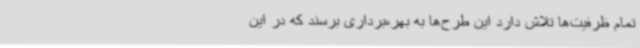
تمام ظرفیت‌ها تلاش دارد این طرح‌ها به بهره‌برداری برسند که در این